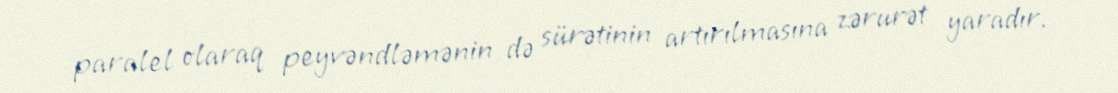
paralel olaraq peyvəndləmənin də sürətinin artırılmasına zərurət yaradır.